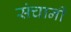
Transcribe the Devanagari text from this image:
संचानी